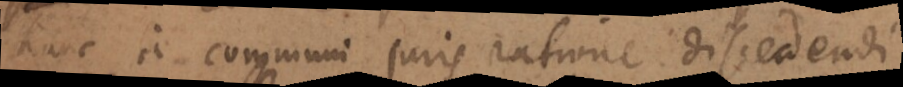
hanc a communi juris ratione discedendi